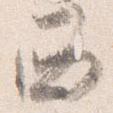
西